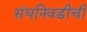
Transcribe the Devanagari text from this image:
संघनिवडीची